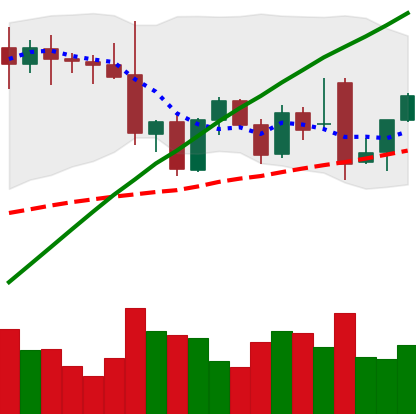
Ticker: ETH-USD
Chart end date: 2021-11-29
Forward return: -7.323%
Label: down_7plus